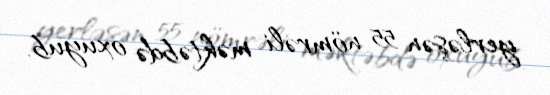
yerləşən 55 nömrəli məktəbdə oxuyub.